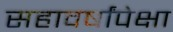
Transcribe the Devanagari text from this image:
सहावर्षांपेक्षा